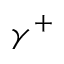
\gamma ^ { + }